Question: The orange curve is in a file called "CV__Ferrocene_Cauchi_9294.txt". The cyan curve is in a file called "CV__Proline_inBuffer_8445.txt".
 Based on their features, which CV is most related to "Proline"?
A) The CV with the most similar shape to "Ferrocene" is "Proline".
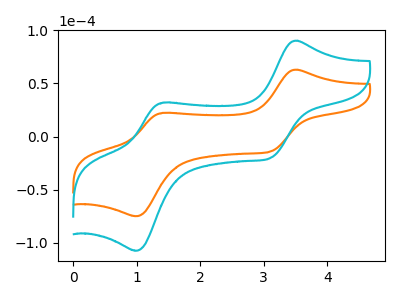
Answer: <think>The orange curve "Ferrocene" has anodic peaks at (3.50V, 63.00uA) (1.40V, 22.30uA) and cathodic peaks at (3.10V, -14.00uA) (1.00V, -75.00uA). The cyan curve "Proline" has anodic peaks at (3.50V, 90.30uA) (1.40V, 31.95uA) and cathodic peaks at (3.10V, -20.10uA) (1.00V, -107.45uA).
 All the peaks in "Ferrocene" have a peak in "Proline" at the same potential. Every peak in "Ferrocene" is lower than every peak in "Proline".</think>
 <answer>A) The CV with the most similar shape to "Ferrocene" is "Proline".</answer>
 <eval>A</eval>